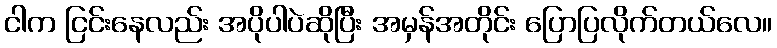
ငါက ငြင်းနေလည်း အပိုပါပဲဆိုပြီး အမှန်အတိုင်း ပြောပြလိုက်တယ်လေ။